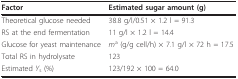
<table><thead><tr><td><b>Factor</b></td><td><b>Estimated sugar amount (g)</b></td></tr></thead><tbody><tr><td>Theoretical glucose needed</td><td>38.8 g/l/0.51 × 1.2 l = 91.3</td></tr><tr><td>RS at the end fermentation</td><td>11 g/l × 1.2 l = 14.4</td></tr><tr><td>Glucose for yeast maintenance</td><td><i>m</i><sup>a </sup>(g/g cell/h) × 7.1 g/l × 72 h = 17.5</td></tr><tr><td>Total RS in hydrolysate</td><td>123</td></tr><tr><td>Estimated <i>Y</i><sub>s </sub>(%)</td><td>123/192 × 100 = 64.0</td></tr></tbody></table>